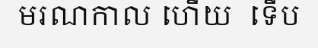
មរណកាល ហើយ  ទើប